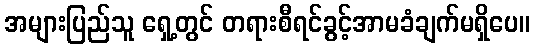
အများပြည်သူ ရှေ့တွင် တရားစီရင်ခွင့်အာမခံချက်မရှိပေ။